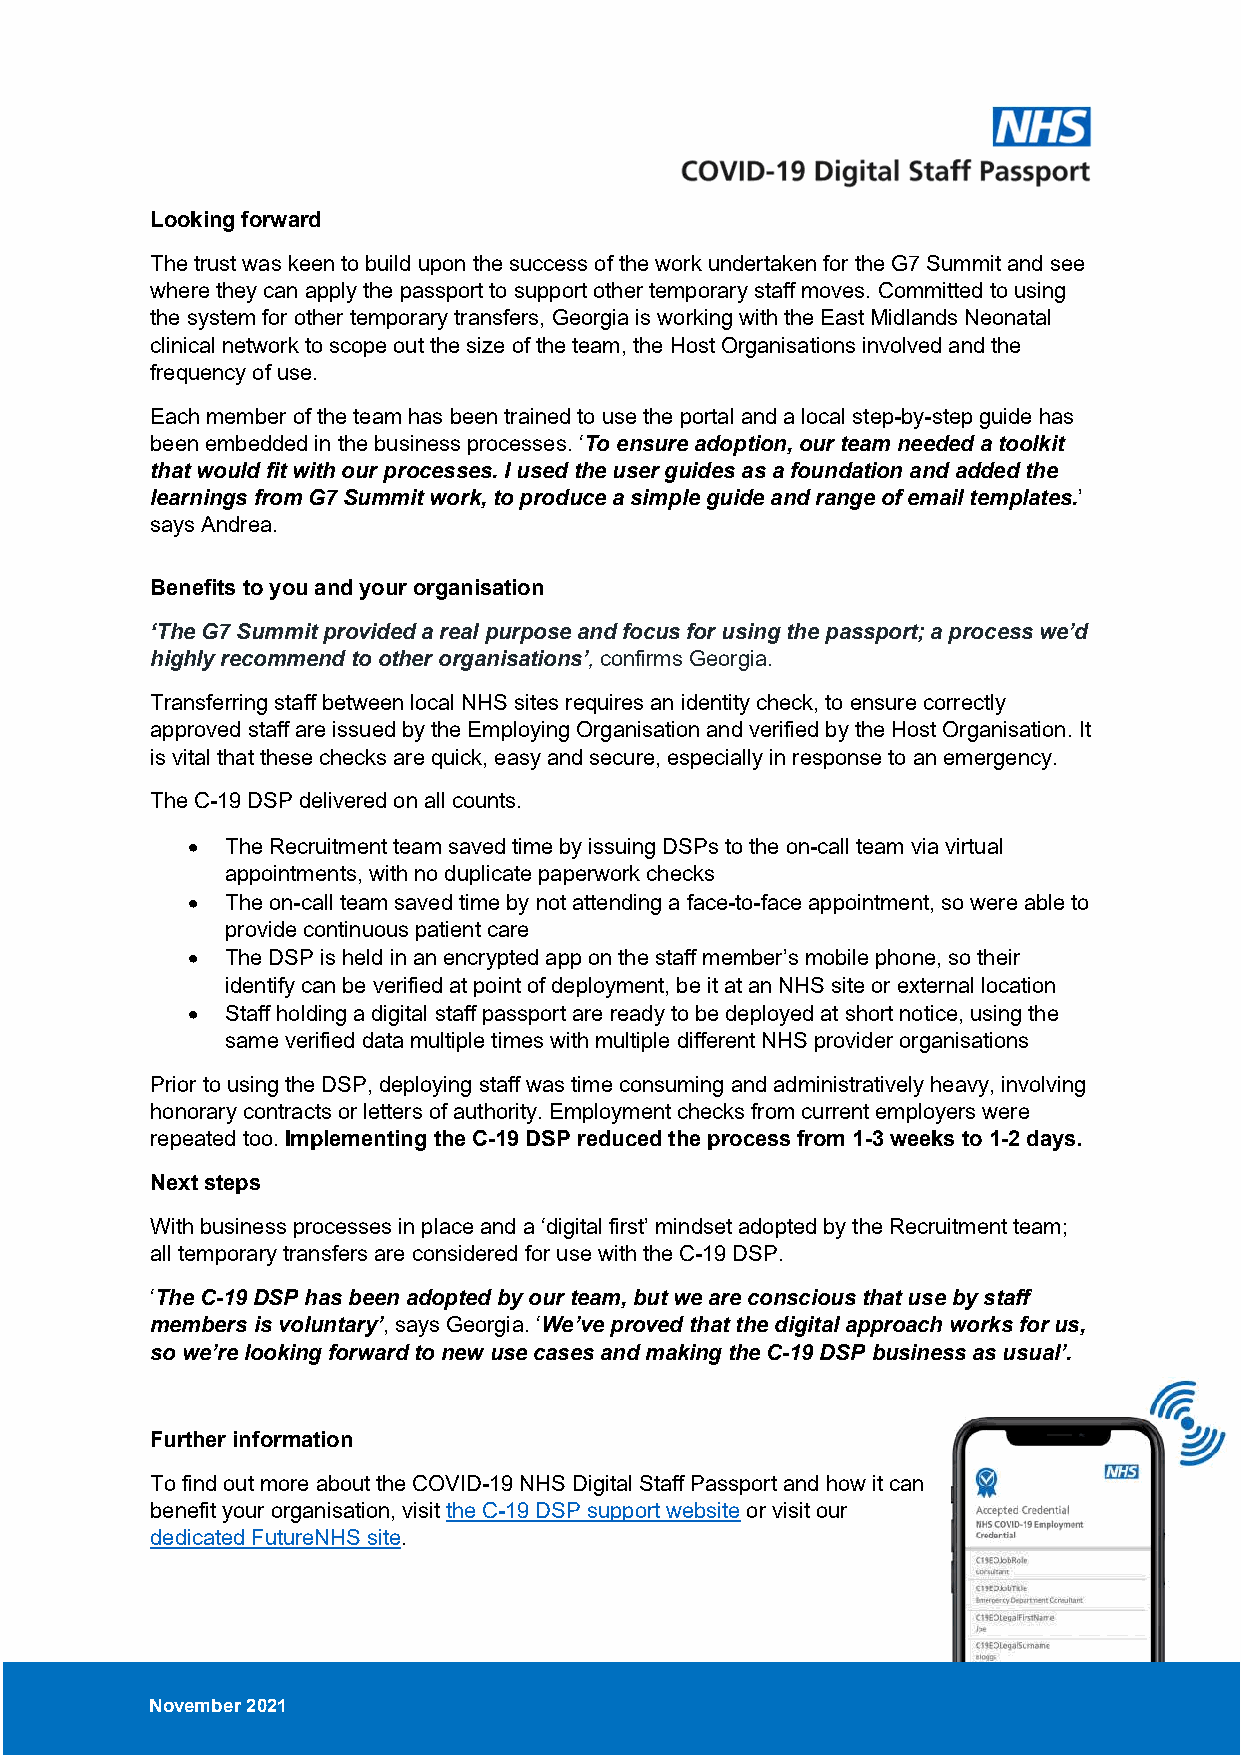
Looking forward
 The trust was keen to build upon the success of the work undertaken for the G7 Summit and see
 where they can apply the passport to support other temporary staff moves. Committed to using
 the system for other temporary transfers, Georgia is working with the East Midlands Neonatal
 clinical network to scope out the size of the team, the Host Organisations involved and the
 frequency of use.
 Each member of the team has been trained to use the portal and a local step-by-step guide has
 been embedded in the business processes. ‘To ensure adoption, our team needed a toolkit
 that would fit with our processes. I used the user guides as a foundation and added the
 learnings from G7 Summit work, to produce a simple guide and range of email templates.’
 says Andrea.
 Benefits to you and your organisation
 ‘The G7 Summit provided a real purpose and focus for using the passport; a process we’d
 highly recommend to other organisations’, confirms Georgia.
 Transferring staff between local NHS sites requires an identity check, to ensure correctly
 approved staff are issued by the Employing Organisation and verified by the Host Organisation. It
 is vital that these checks are quick, easy and secure, especially in response to an emergency.
 The C-19 DSP delivered on all counts.
   The Recruitment team saved time by issuing DSPs to the on-call team via virtual
 appointments, with no duplicate paperwork checks
   The on-call team saved time by not attending a face-to-face appointment, so were able to
 provide continuous patient care
   The DSP is held in an encrypted app on the staff member’s mobile phone, so their
 identify can be verified at point of deployment, be it at an NHS site or external location
   Staff holding a digital staff passport are ready to be deployed at short notice, using the
 same verified data multiple times with multiple different NHS provider organisations
 Prior to using the DSP, deploying staff was time consuming and administratively heavy, involving
 honorary contracts or letters of authority. Employment checks from current employers were
 repeated too. Implementing the C-19 DSP reduced the process from 1-3 weeks to 1-2 days.
 Next steps
 With business processes in place and a ‘digital first’ mindset adopted by the Recruitment team;
 all temporary transfers are considered for use with the C-19 DSP.
 ‘The C-19 DSP has been adopted by our team, but we are conscious that use by staff
 members is voluntary’, says Georgia. ‘We’ve proved that the digital approach works for us,
 so we’re looking forward to new use cases and making the C-19 DSP business as usual’.
 Further information
 To find out more about the COVID-19 NHS Digital Staff Passport and how it can
 benefit your organisation, visit the C-19 DSP support website or visit our
 dedicated FutureNHS site.
 November 2021